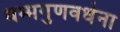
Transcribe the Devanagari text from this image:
धम्मगुणवर्धना